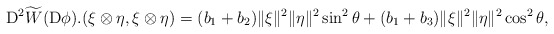
\begin{align*}{\rm D}^2\widetilde{W}({\rm D}\phi).(\xi\otimes\eta,\xi\otimes\eta)=(b_1 +b_2)\|\xi\|^2\|\eta\|^2 \sin^2\theta+(b_1 +b_3)\|\xi\|^2\|\eta\|^2\cos^2\theta,\end{align*}